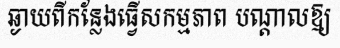
ឆ្ងាយពីកន្លែងធ្វើសកម្មភាព បណ្តាលឱ្យ